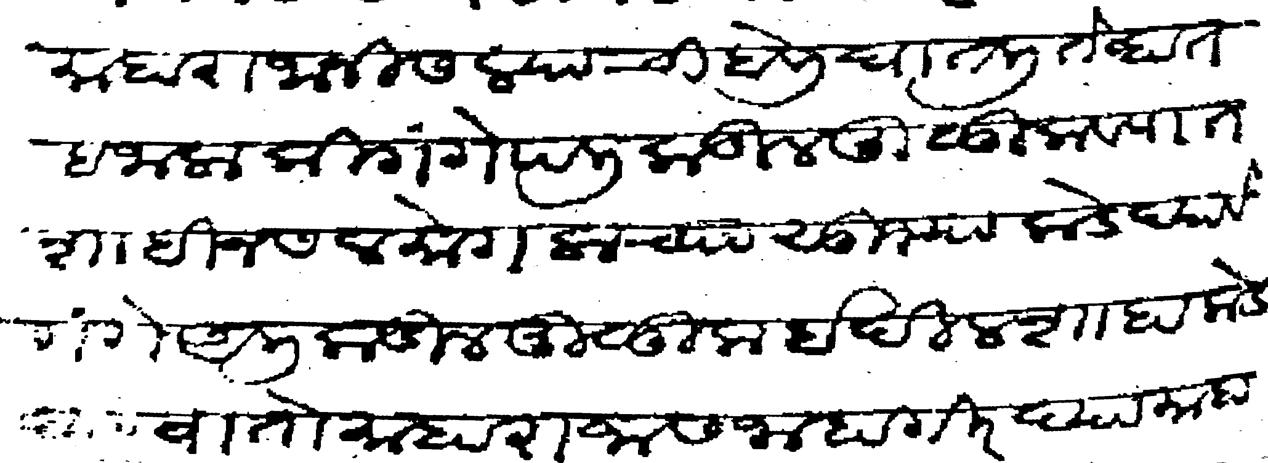
Transliteration (Devanagari): माहाराजानी सल्याची बोली घातली तेव्हा तहै जाला की गंगेपलीकडील मुळुक व पातशाही नसल मोगलाच्या सुभ्याकडे घ्यावे गंगे अलीकडील मुळुक ईदिलशाहाकडे घ्यावा तो माहाराजास जाहागीर द्यावा माहानानी